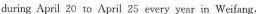
during April 20 to April 25every year in Weifang,